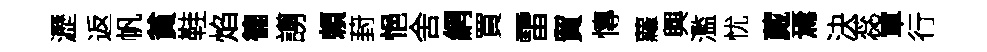
瀝返帆貧鞋焰徧謭頼葑悒舍網買雷貿慱蘿興濫忧蕆焉決蕊軍行